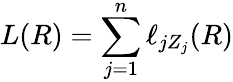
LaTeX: L(R)=\sum_{j=1}^{n}\ell_{jZ_{j}}(R)